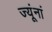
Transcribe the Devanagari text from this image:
ज्यूंनां